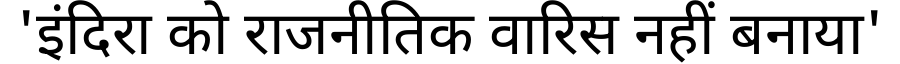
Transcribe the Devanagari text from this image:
'इंदिरा को राजनीतिक वारिस नहीं बनाया'